Scottish assistants in French schools and colleges, 1929
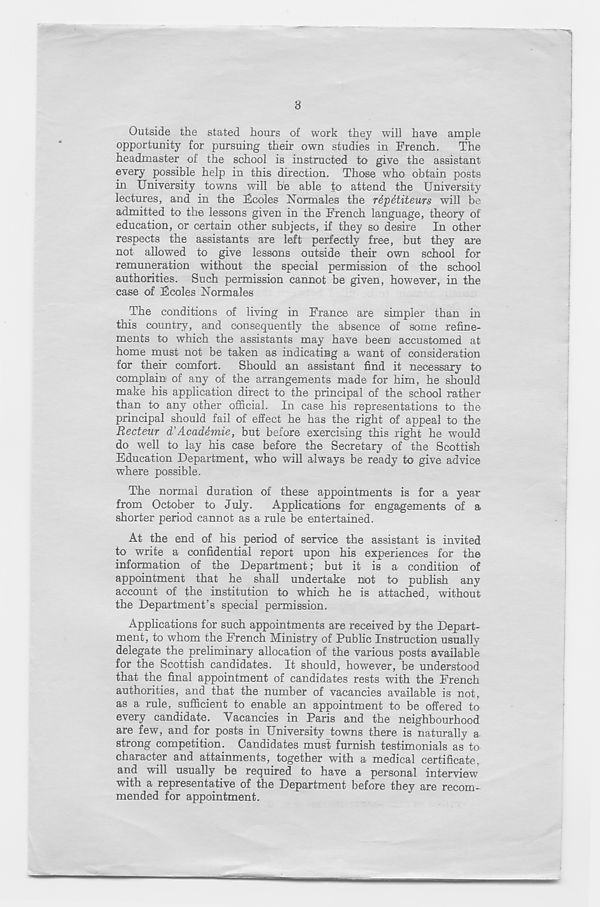
3
Outside the stated hours of work they will have ample
opportunity for pursuing their own studies in French.
The
headmaster of the school is instructed to give the assistant
every possible help in this direction. Those who obtain posts
in University towns will be able to attend the University
lectures, and in the Fcoles Normales the r&pttiteurs will be
admitted to the lessons given in the French language, theory of
education, or certain other subjects, if they so desire In other
respects the assistants are left perfectly free, but they are
not allowed to give lessons outside their own school for
remuneration without the special permission of the school
authorities. Such permission cannot be given, however, in the
case of Fcoles Normales
The conditions of living in France are simpler than in
this country, and consequently the absence of some refine-
ments to which the assistants may have been accustomed at
home must not be taken as indicating a want of consideration
for their comfort. Should an assistant find it necessary to
complain of any of the arrangements made for him, he should
make his application direct to the principal of the school rather
than to any other official. In case his representations to the
principal should fail of effect he has the right of appeal to the
Recteur d’Academic, but before exercising this right he would
do well to lay his case before the Secretary of the Scottish
Education Department, who will always be ready to give advice
where possible.
The normal duration of these appointments is for a year
from October to July.
Applications for engagements of a
shorter period cannot as a rule be entertained.
At the end of his period of service the assistant is invited
to write a confidential report upon his experiences for the
information of the Department; but it is a condition of
appointment that he shall undertake not to publish any
account of the institution to which he is attached, without
the Department’s special permission.
Applications for such appointments are received by the Depart-
ment, to whom the French Ministry of Public Instruction usually
delegate the preliminary allocation of the various posts available
for the Scottish candidates. It should, however, be understood
that the final appointment of candidates rests with the French
authorities, and that the number of vacancies available is not,
as a rule, sufficient to enable an appointment to be offered to
every candidate. Vacancies in Paris and the neighbourhood
are few, and for posts in University towns there is naturally a
strong competition. Candidates must furnish testimonials as to
character and attainments, together with a medical certificate,
and will usually be required to have a personal interview
with a representative of the Department before they are recom-
mended for appointment.